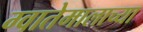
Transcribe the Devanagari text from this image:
ग्वातेमालाच्या